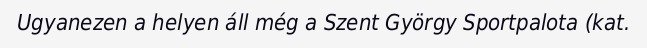
Ugyanezen a helyen áll még a Szent György Sportpalota (kat.